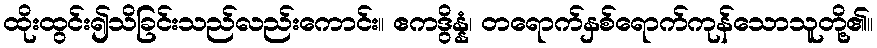
ထိုးထွင်း၍သိခြင်းသည်လည်းကောင်း။ ဧကဒွိန္နံ၊ တရောက်နှစ်ရောက်ကုန်သောသူတို့၏။